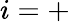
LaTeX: i=+